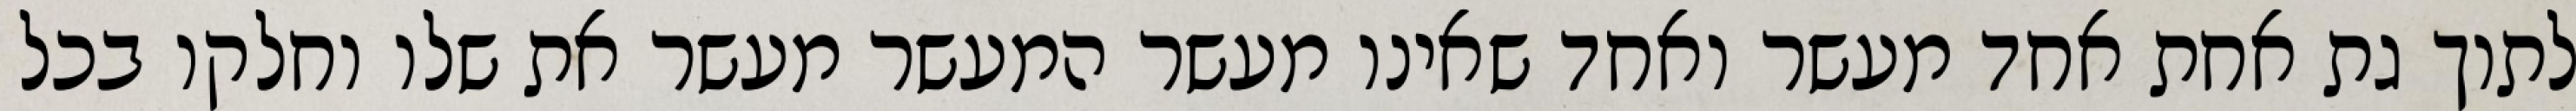
לתוך גת אחת אחד מעשר ואחד שאינו מעשר המעשר מעשר את שלו וחלקו בכל